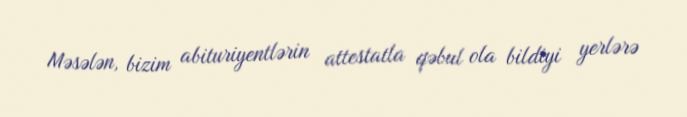
Məsələn, bizim abituriyentlərin attestatla qəbul ola bildiyi yerlərə